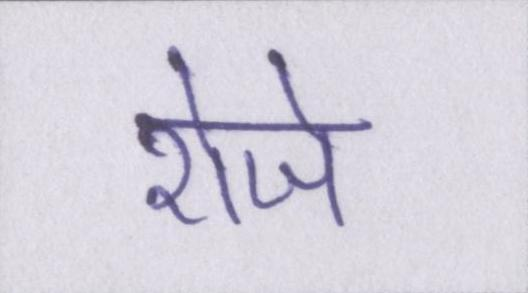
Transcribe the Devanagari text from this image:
रोजे